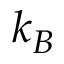
k _ { B }